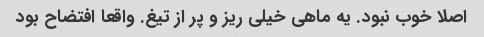
اصلا خوب نبود. یه ماهی خیلی ریز و پر از تیغ. واقعا افتضاح بود